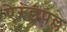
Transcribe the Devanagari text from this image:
ऐरंडपल्ल